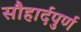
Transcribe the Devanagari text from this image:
सौहार्दपुर्ण